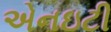
એનઇટી